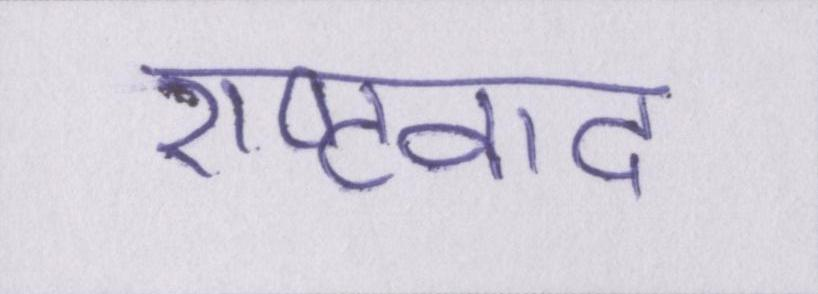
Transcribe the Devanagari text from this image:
राष्ट्रवाद